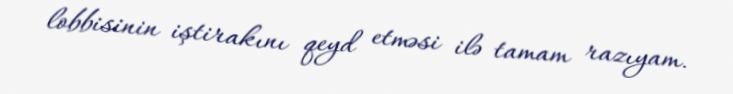
lobbisinin iştirakını qeyd etməsi ilə tamam razıyam.